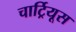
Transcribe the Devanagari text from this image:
चार्ट्रियूस